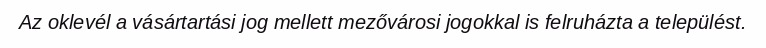
Az oklevél a vásártartási jog mellett mezővárosi jogokkal is felruházta a települést.